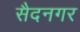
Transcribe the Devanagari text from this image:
सैदनगर